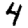
Digit: 4